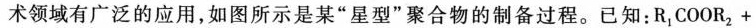
术领域有广泛的应用，如图所示是某”星型”聚合物的制备过程。已知：$$R _ { 1 } C O O R 2 +